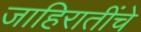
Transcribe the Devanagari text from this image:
जाहिरातींचे